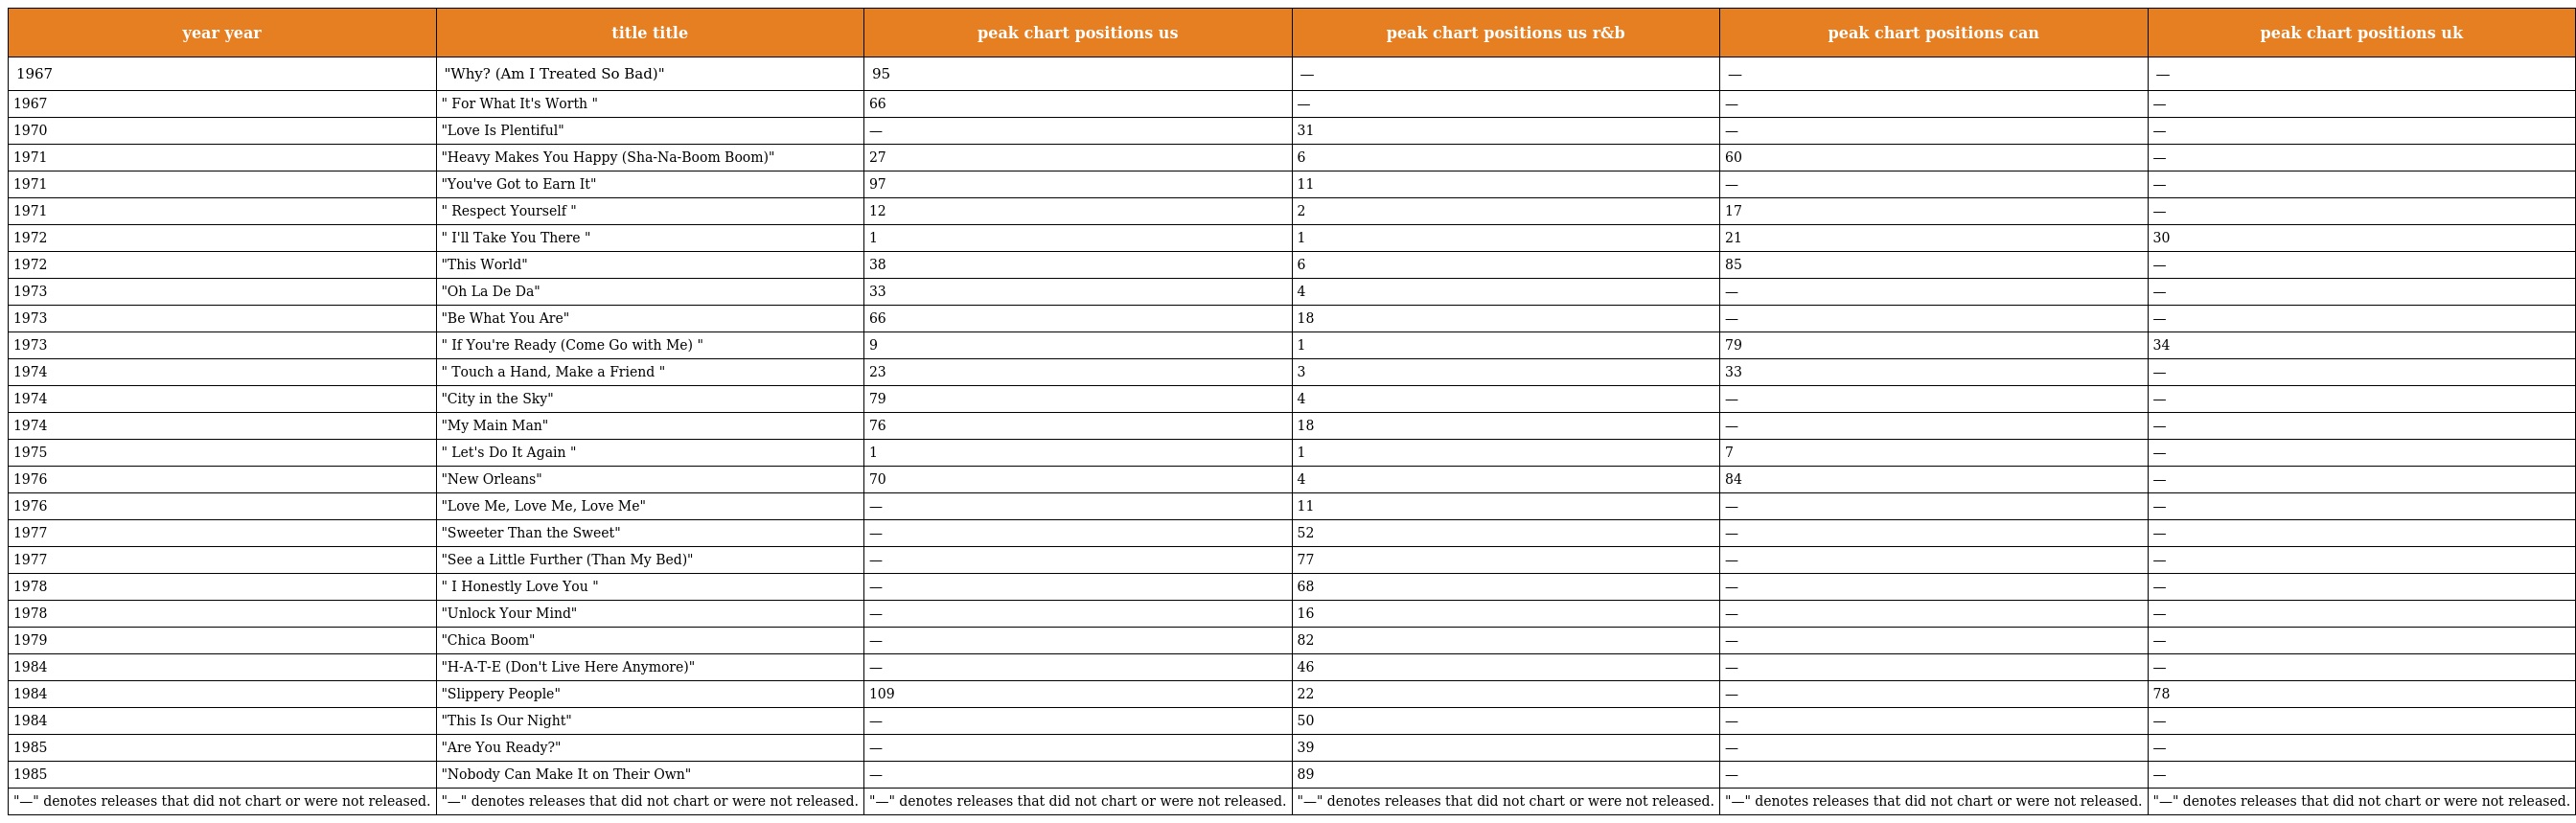
| year year | title title | peak chart positions us | peak chart positions us r&b | peak chart positions can | peak chart positions uk |
 | --- | --- | --- | --- | --- | --- |
 | 1967 | "Why? (Am I Treated So Bad)" | 95 | — | — | — |
 | 1967 | " For What It's Worth " | 66 | — | — | — |
 | 1970 | "Love Is Plentiful" | — | 31 | — | — |
 | 1971 | "Heavy Makes You Happy (Sha-Na-Boom Boom)" | 27 | 6 | 60 | — |
 | 1971 | "You've Got to Earn It" | 97 | 11 | — | — |
 | 1971 | " Respect Yourself " | 12 | 2 | 17 | — |
 | 1972 | " I'll Take You There " | 1 | 1 | 21 | 30 |
 | 1972 | "This World" | 38 | 6 | 85 | — |
 | 1973 | "Oh La De Da" | 33 | 4 | — | — |
 | 1973 | "Be What You Are" | 66 | 18 | — | — |
 | 1973 | " If You're Ready (Come Go with Me) " | 9 | 1 | 79 | 34 |
 | 1974 | " Touch a Hand, Make a Friend " | 23 | 3 | 33 | — |
 | 1974 | "City in the Sky" | 79 | 4 | — | — |
 | 1974 | "My Main Man" | 76 | 18 | — | — |
 | 1975 | " Let's Do It Again " | 1 | 1 | 7 | — |
 | 1976 | "New Orleans" | 70 | 4 | 84 | — |
 | 1976 | "Love Me, Love Me, Love Me" | — | 11 | — | — |
 | 1977 | "Sweeter Than the Sweet" | — | 52 | — | — |
 | 1977 | "See a Little Further (Than My Bed)" | — | 77 | — | — |
 | 1978 | " I Honestly Love You " | — | 68 | — | — |
 | 1978 | "Unlock Your Mind" | — | 16 | — | — |
 | 1979 | "Chica Boom" | — | 82 | — | — |
 | 1984 | "H-A-T-E (Don't Live Here Anymore)" | — | 46 | — | — |
 | 1984 | "Slippery People" | 109 | 22 | — | 78 |
 | 1984 | "This Is Our Night" | — | 50 | — | — |
 | 1985 | "Are You Ready?" | — | 39 | — | — |
 | 1985 | "Nobody Can Make It on Their Own" | — | 89 | — | — |
 | "—" denotes releases that did not chart or were not released. | "—" denotes releases that did not chart or were not released. | "—" denotes releases that did not chart or were not released. | "—" denotes releases that did not chart or were not released. | "—" denotes releases that did not chart or were not released. | "—" denotes releases that did not chart or were not released. |